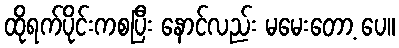
ထိုရက်ပိုင်းကစပြီး နောင်လည်း မမေးတော့ ပေ။